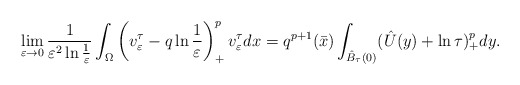
\begin{align*}\lim_{\varepsilon\to 0}\frac{1}{\varepsilon^2\ln\frac{1}{\varepsilon}}\int_\Omega\left( v^\tau_\varepsilon-q\ln\frac{1}{\varepsilon}\right) ^p_+v^\tau_\varepsilon dx=q^{p+1}(\bar{x})\int_{\hat{B}_\tau(0)}(\hat{U}(y)+\ln\tau)^{p}_+dy.\end{align*}